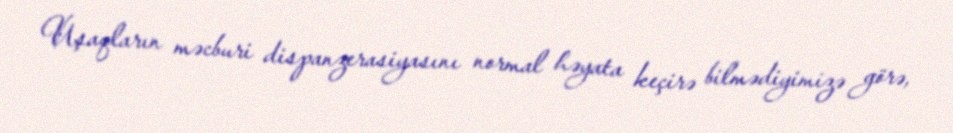
Uşaqların məcburi dispanzerasiyasını normal həyata keçirə bilmədiyimizə görə,